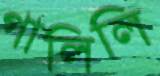
গালিলি